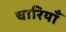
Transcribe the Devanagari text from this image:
चारियाँ